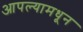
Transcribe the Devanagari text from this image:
आपल्यामधून